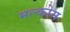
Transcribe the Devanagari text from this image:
मल्कोम